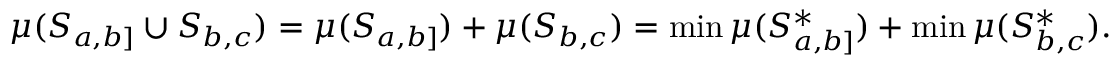
\mu ( S _ { a , b ] } \cup S _ { b , c } ) = \mu ( S _ { a , b ] } ) + \mu ( S _ { b , c } ) = \operatorname* { m i n } \mu ( S _ { a , b ] } ^ { * } ) + \operatorname* { m i n } \mu ( S _ { b , c } ^ { * } ) .